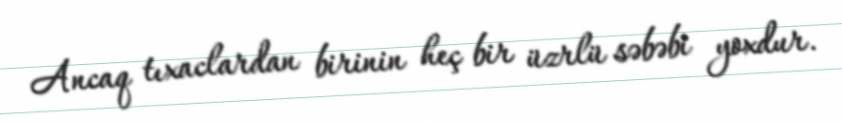
Ancaq tıxaclardan birinin heç bir üzrlü səbəbi yoxdur.